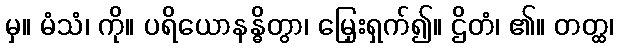
မှ။ မံသံ၊ ကို။ ပရိယောနန္ဓိတွာ၊ မြှေးရှက်၍။ ဌိတံ၊ ၏။ တတ္ထ၊